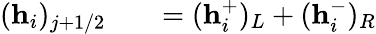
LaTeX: \begin{array}{rlr}{(\textbf{h}_{i})_{j+1/2}}&{{}}&{=(\textbf{h}_{i}^{+})_{L}+(\textbf{h}_{i}^{-})_{R}}\end{array}